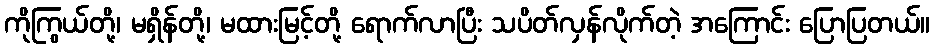
ကိုကြွယ်တို့၊ မရှိန်တို့၊ မထားမြင့်တို့ ရောက်လာပြီး သပိတ်လှန်လိုက်တဲ့ အကြောင်း ပြောပြတယ်။